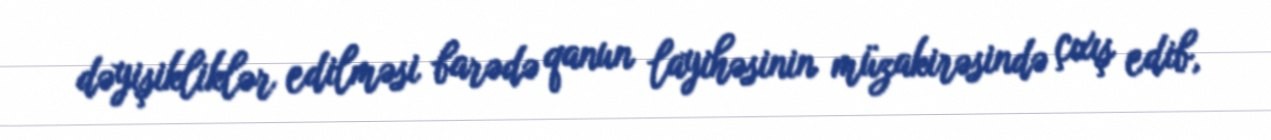
dəyişikliklər edilməsi barədə qanun layihəsinin müzakirəsində çıxış edib,